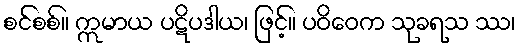
စင်စစ်။ ဣမာယ ပဋိပဒါယ၊ ဖြင့်။ ပဝိဝေက သုခရသ ဿ၊